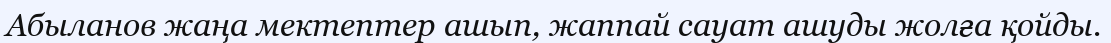
Абыланов жаңа мектептер ашып, жаппай сауат ашуды жолға қойды.